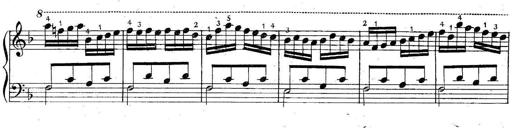
Title: 6 Easy Sonatinas
Composer: Carl Czerny